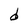
Character: d